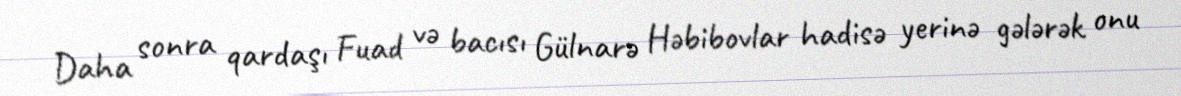
Daha sonra qardaşı Fuad və bacısı Gülnarə Həbibovlar hadisə yerinə gələrək onu